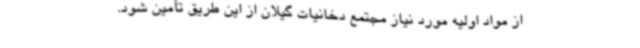
از مواد اولیه مورد نیاز مجتمع دخانیات گیلان از این طریق تأمین شود.